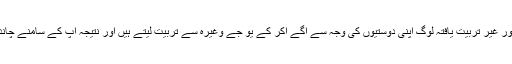
غیر پیشہ ورانہ اور غیر تربیت یافتہ لوگ اپنی دوستیوں کی وجہ سے آگے آکر کے یو جے وغیرہ سے تربیت لیتے ہیں اور نتیجہ آپ کے سامنے چاند نواب کی ویڈیو۔